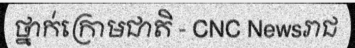
ថ្នាក់ក្រោមជាតិ - CNC Newsរាជ